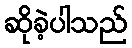
ဆိုခဲ့ပါသည်